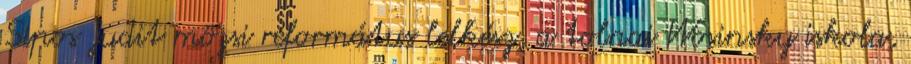
Sipos Judit mözsi református lelkész, a tolnai Wosinsky iskola,